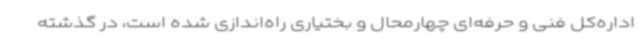
اداره‌کل فنی و حرفه‌ای چهارمحال و بختیاری راه‌اندازی شده است، در گذشته